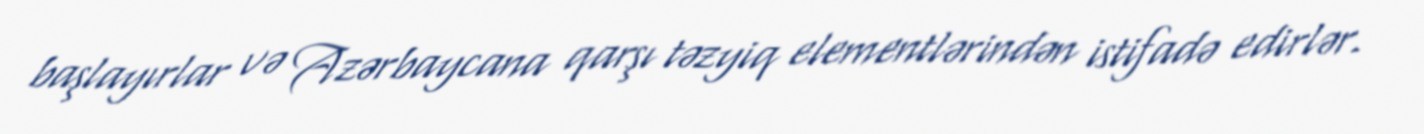
başlayırlar və Azərbaycana qarşı təzyiq elementlərindən istifadə edirlər.